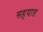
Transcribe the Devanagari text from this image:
सहयात